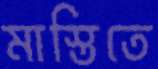
মাস্তিতে